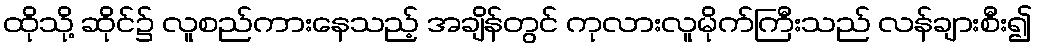
ထိုသို့ ဆိုင်၌ လူစည်ကားနေသည့် အချိန်တွင် ကုလားလူမိုက်ကြီးသည် လန်ချားစီး၍